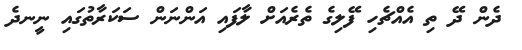
ދެން ދޭ ތި އެއްޗެހި ފޭލިގެ ތެރެއަށް ލާފައި އަންނަން ސަކަރާތުގައި ނީނދެ